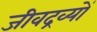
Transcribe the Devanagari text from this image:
जीवद्रव्यों